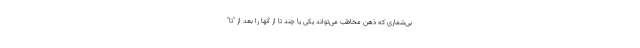
بی‌شماری که ذهن مخاطب‌ می‌تواند یکی یا چند تا از آنها را بعد از "تا"